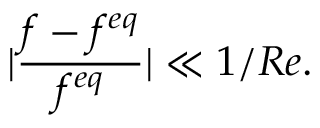
| \frac { f - f ^ { e q } } { f ^ { e q } } | \ll 1 / R e .